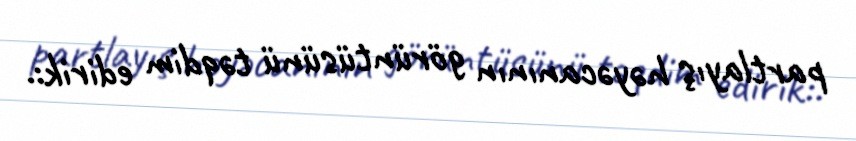
partlayış həyəcanının görüntüsünü təqdim edirik:.